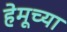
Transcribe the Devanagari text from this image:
हेमूच्या